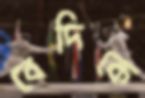
বেদিকে